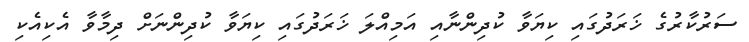
ސަރުކާރުގެ ޚަރަދުގައި ކިޔަވާ ކުދިންނާއި އަމިއްލަ ޚަރަދުގައި ކިޔަވާ ކުދިންނަށް ދިމާވާ އެކިއެކި